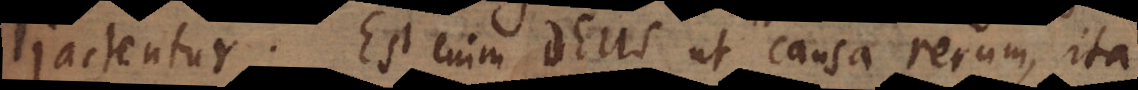
jactentur. Est enim Deus ut causa rerum, ita